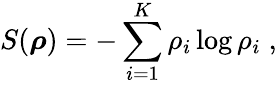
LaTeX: S(\boldsymbol{\rho})=-\sum_{i=1}^{K}\rho_{i}\log\rho_{i}\; ,